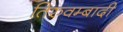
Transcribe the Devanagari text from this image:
तिरुवम्बादी